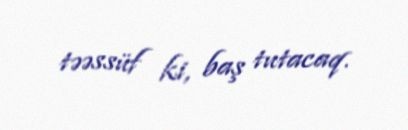
təəssüf ki, baş tutacaq.